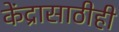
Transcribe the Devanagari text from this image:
केंद्रासाठीही